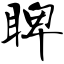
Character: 睥